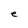
Character: e